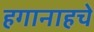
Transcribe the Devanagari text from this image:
हगानाहचे